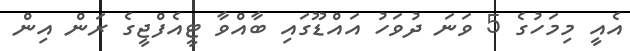
އެއީ މިމަހުގެ 5 ވަނަ ދުވަހު އައްޑޫގައި ބާއްވާ ޓީއެފްޖީގެ ރަން އިން